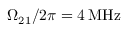
\Omega _ { 2 1 } / 2 \pi = 4 \: \mathrm { M H z }